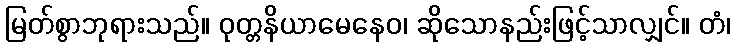
မြတ်စွာဘုရားသည်။ ဝုတ္တနိယာမေနေဝ၊ ဆိုသောနည်းဖြင့်သာလျှင်။ တံ၊